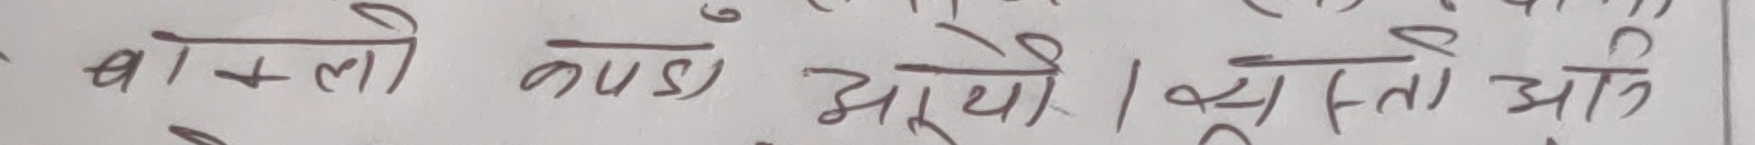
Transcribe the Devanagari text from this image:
मोलो कपडा झुर्यो। यस्तो आगि